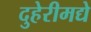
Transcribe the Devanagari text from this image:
दुहेरीमद्ये